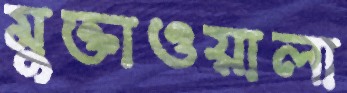
মুক্তাওয়ালা